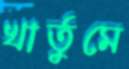
খার্তুমে